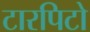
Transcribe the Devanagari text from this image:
टारपिटो